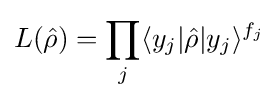
L({\hat {\rho }})=\prod _{j}\langle y_{j}|{\hat {\rho }}|y_{j}\rangle ^{f_{j}}